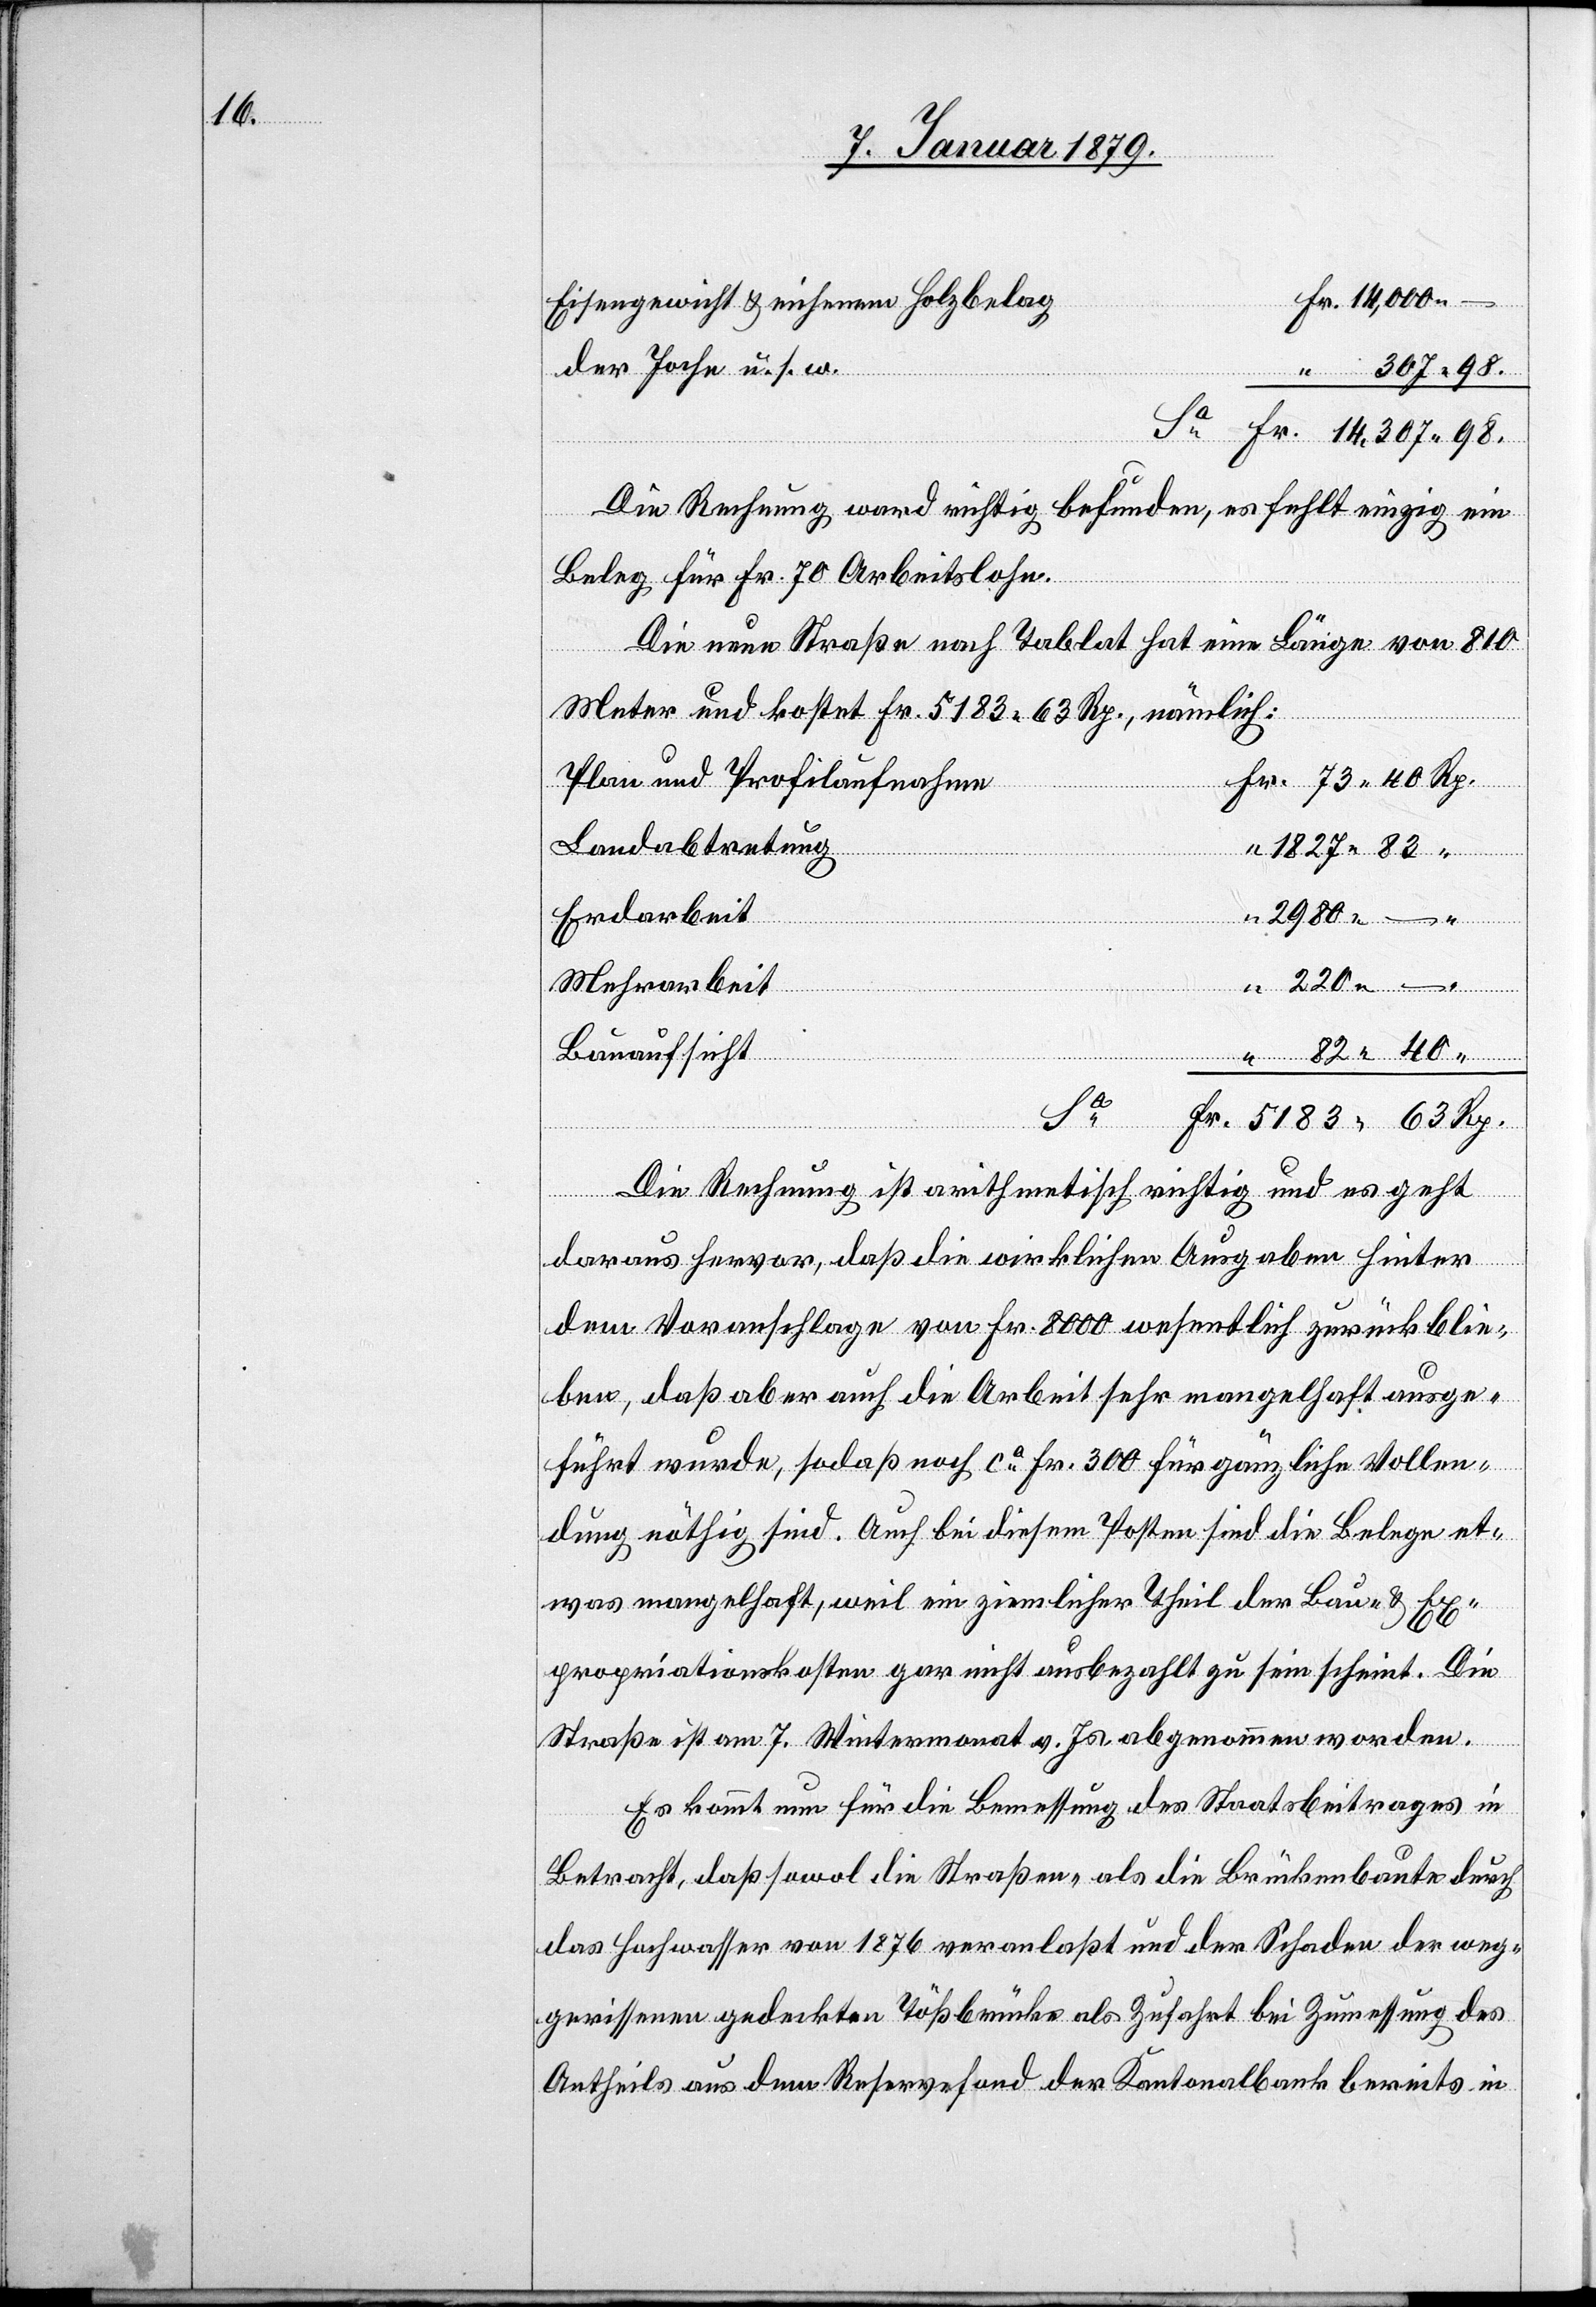
Eisengewicht & eichenem Holzbelag
der Joche u. s. w.
Die Rechnung ward richtig befunden, es fehlt einzig ein
Beleg für Fr. 70 Arbeitslohn.
Die neue Straße nach Tablat hat eine Länge von 810
Meter und kostet Fr. 5183.63 Rp., nämlich:
Plan und Profilaufnahme
Fr.
Landabtretung
1827.83
Erdarbeit
2980.–
Mehrarbeit
“
Bauaufsicht
Die Rechnung ist arithmetisch richtig und es geht
Rp.
daraus hervor, daß die wirklichen Ausgaben hinter
dem Voranschlage von Fr. 8000 wesentlich zurückblie¬
ben, daß aber auch die Arbeit sehr mangelhaft ausge¬
führt wurde, sodaß noch ca Fr. 300 für gänzliche Vollen¬
dung nöthig sind. Auch bei diesem Posten sind die Belege et¬
was mangelhaft, weil ein ziemlicher Theil der Bau- & Ex¬
propriationskosten gar nicht ausbezahlt zu sein scheint. Die
Straße ist am 7. Wintermonat v. Js. abgenommen worden.
Es kommt nun für die Bemessung des Staatsbeitrages in
Betracht, daß sowol die Straßen- als die Brückenbaute durch
das Hochwasser von 1876 veranlaßt und der Schaden der weg¬
gerissenen gedeckten Tößbrücke als Zufahrt bei Zumessung des
Antheils aus dem Reservefond der Kantonalbank bereits in